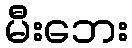
မီးဘေး